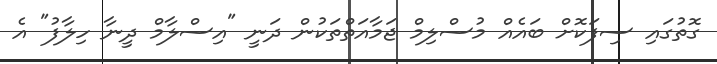
ގޮތުގައި ސިފަކޮށް ބައެއް މުސްލިމް ޖަމާއަތްތަކުން ދަނީ "އިސްލާމް ދީނާ ހިލާފު" އެ